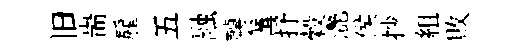
旧耑雇五融轉篝抒穀灧侯抄組敗